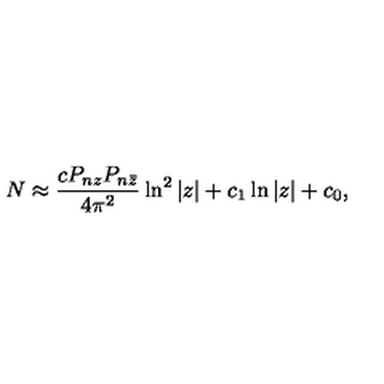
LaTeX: N \approx \frac { c P _ { n z } P _ { n \bar { z } } } { 4 \pi ^ { 2 } } \ln ^ { 2 } | z | + c _ { 1 } \ln | z | + c _ { 0 } ,